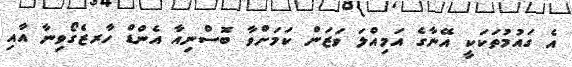
އެ ގައުމުތަކަކީ އޭނާގެ އަމިއްލަ ވަޒަން ކަމަށްވާ ބޮސްނިއާ އެންޑް ހާރޒެގޯވިނާ އާއި